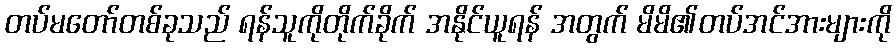
တပ်မတော်တစ်ခုသည် ရန်သူကိုတိုက်ခိုက် အနိုင်ယူရန် အတွက် မိမိ၏တပ်အင်အားများကို